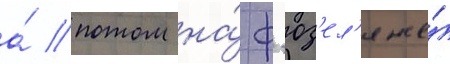
а́ потом на́ ф'юз'ел'яже́